Indian journal of veterinary science and animal husbandry - Volume 10,
Year: 1940
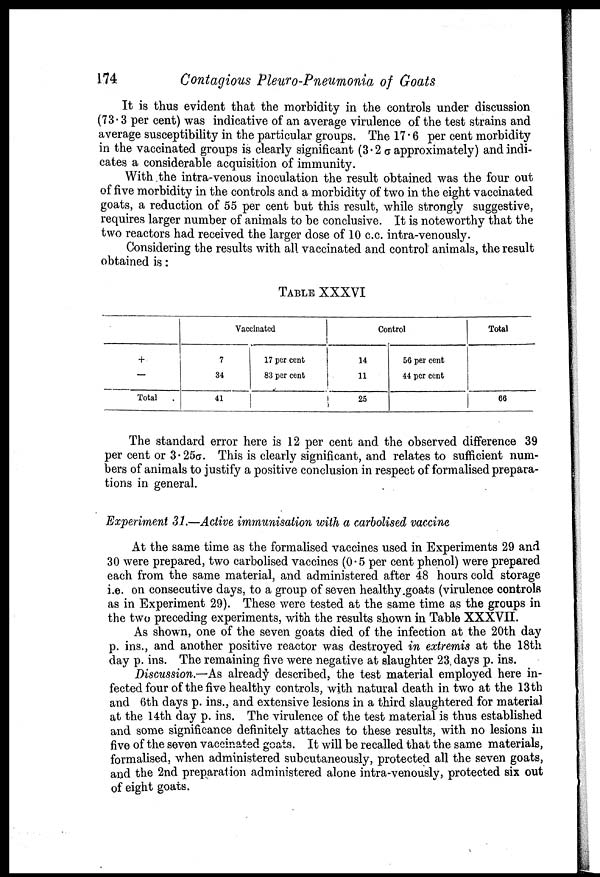
174
Contagious Pleuro-Pneumonia of Goats
It is thus evident that the morbidity in the controls under discussion
(73.3 per cent) was indicative of an average virulence of the test strains and
average susceptibility in the particular groups. The 17.6 per cent morbidity
in the vaccinated groups is clearly significant (3.2 σ approximately) and indi
cates a considerable acquisition of immunity.
With the intra-venous inoculation the result obtained was the four out
of five morbidity in the controls and a morbidity of two in the eight vaccinated
goats, a reduction of 55 per cent but this result, while strongly suggestive,
requires larger number of animals to be conclusive. It is noteworthy that the
two reactors had received the larger dose of 10 c.c. intra-venously.
Considering the results with all vaccinated and control animals, the result
obtained is :
TABLE XXXVI
+
—
Total
Vaccinated
7
34
41
17 per cent
83 per cent
Control
14
11
25
56 per cent
44 per cent
Total
66
The standard error here is 12 per cent and the observed difference 39
per cent or 3.25σ. This is clearly significant, and relates to sufficient num
bers of animals to justify a positive conclusion in respect of formalised prepara
tions in general.
Experiment 31.—Active immunisation with a carbolised vaccine
At the same time as the formalised vaccines used in Experiments 29 and
30 were prepared, two carbolised vaccines (0.5 per cent phenol) were prepared
each from the same material, and administered after 48 hours cold storage
i.e. on consecutive days, to a group of seven healthy goats (virulence controls
as in Experiment 29). These were tested at the same time as the groups in
the two preceding experiments, with the results shown in Table XXXVII.
As shown, one of the seven goats died of the infection at the 20th day
p. ins., and another positive reactor was destroyed in extremis at the 18th
day p. ins. The remaining five were negative at slaughter 23 days p. ins.
Discussion.—As already described, the test material employed here in
fected four of the five healthy controls, with natural death in two at the 13th
and 6th days p. ins., and extensive lesions in a third slaughtered for material
at the 14th day p. ins. The virulence of the test material is thus established
and some significance definitely attaches to these results, with no lesions in
five of the seven vaccinated goats. It will be recalled that the same materials,
formalised, when administered subcutaneously, protected all the seven goats,
and the 2nd preparation administered alone intra-venously, protected six out
of eight goats.